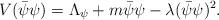
LaTeX: \begin{align*} V(\bar{\psi}\psi)=\Lambda_\psi+m\bar{\psi}{\psi}-\lambda (\bar{\psi}\psi)^2.\end{align*}